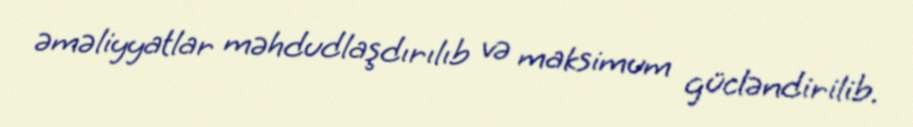
əməliyyatlar məhdudlaşdırılıb və maksimum gücləndirilib.